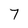
Character: 7